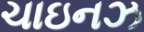
ચાઇનઝ